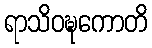
ရာသိဝဍ္ဎကောတိ